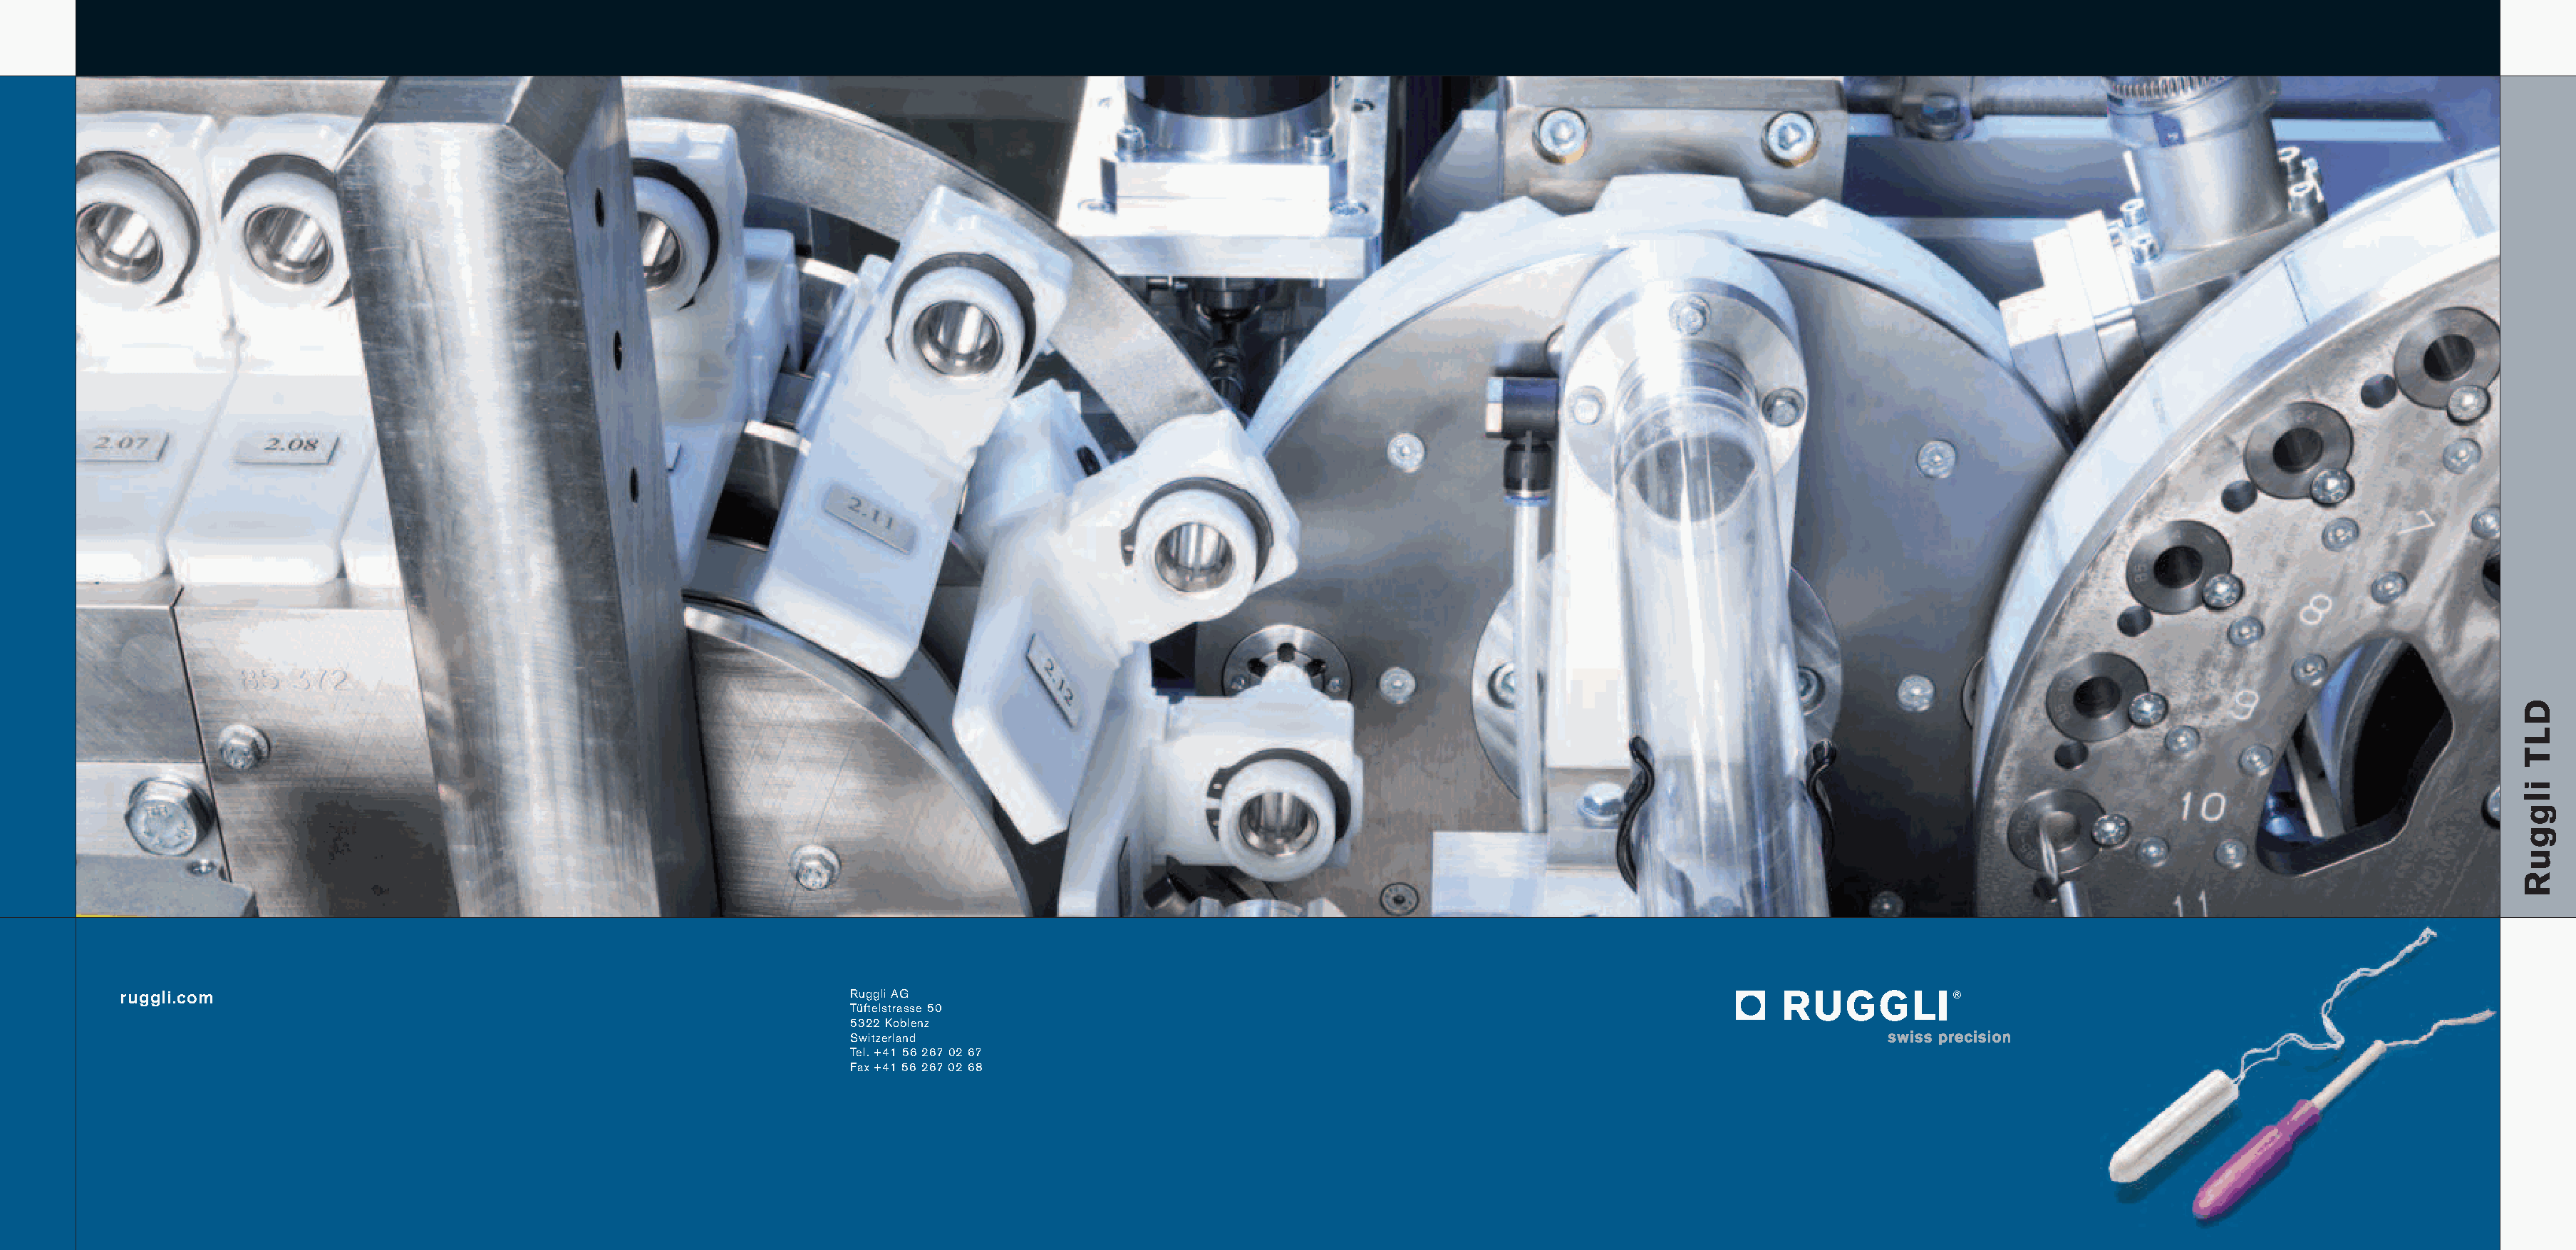
ruggli.com                                                          Ruggli AG
 Tüftelstrasse 50
 5322 Koblenz
 Switzerland
 Tel. +41 56 267 02 67
 Fax +41 56 267 02 68
 DLT
 ilgguR